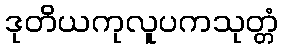
ဒုတိယကုလူပကသုတ္တံ